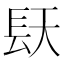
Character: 𮸤